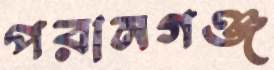
পরানগঞ্জ